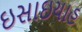
ઇસાઇયાહ